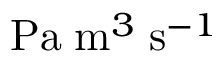
\mathrm { P a } \; \mathrm { m } ^ { 3 } \; \mathrm { s } ^ { - 1 }